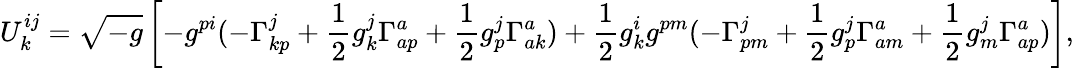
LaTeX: U_{k}^{ij}=\sqrt{-g}\left[-g^{pi}(-\Gamma_{kp}^{j}+\frac{1}{2}g_{k}^{j}\Gamma_{ap}^{a}+\frac{1}{2}g_{p}^{j}\Gamma_{ak}^{a})+\frac{1}{2}g_{k}^{i}g^{pm}(-\Gamma_{pm}^{j}+\frac{1}{2}g_{p}^{j}\Gamma_{am}^{a}+\frac{1}{2}g_{m}^{j}\Gamma_{ap}^{a})\right],